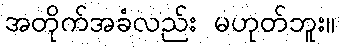
အတိုက်အခံလည်း မဟုတ်ဘူး။